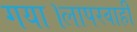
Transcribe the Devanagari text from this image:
गया।लापरवाही